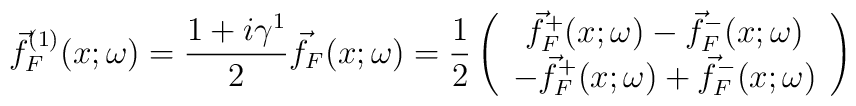
\vec{f}_F^{(1)}(x;\omega)=\frac{1+i\gamma^1}{2}\vec{f}_F(x;\omega)=\frac{1}{2}\left(\begin{array}{c}\vec{f}_F^+(x;\omega)-\vec{f}_F^-(x;\omega)\\-\vec{f}_F^+(x;\omega)+\vec{f}_F^-(x;\omega)\end{array}\right)